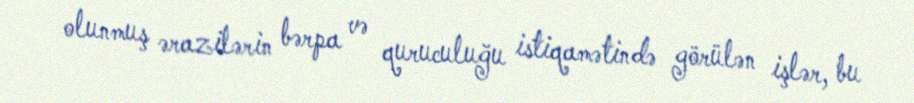
olunmuş ərazilərin bərpa və quruculuğu istiqamətində görülən işlər, bu